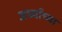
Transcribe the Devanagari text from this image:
अर्ध्याच्या